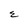
Character: E